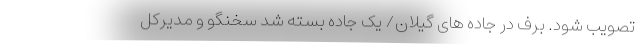
تصویب شود. برف در جاده های گیلان/ یک جاده بسته شد سخنگو و مدیرکل